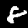
Digit: 8